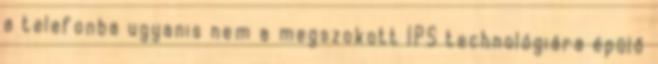
a telefonba ugyanis nem a megszokott IPS technológiára épülő